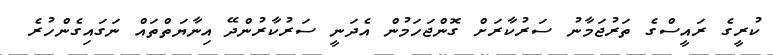
ކުރީގެ ރައީސްގެ ތަރުޖަމާނު ސަރުކާރަށް ގޮންޖަހަމުން އެދަނީ ސަރުކާރުންދޭ އިނާޔަތްތައް ނަގައިގެންހުރެ